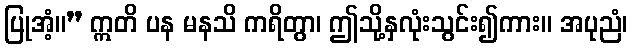
ပြုအံ့။” ဣတိ ပန မနသိ ကရိတွာ၊ ဤသို့နှလုံးသွင်း၍ကား။ အပုညံ၊